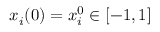
x _ { i } ( 0 ) = x _ { i } ^ { 0 } \in [ - 1 , 1 ]